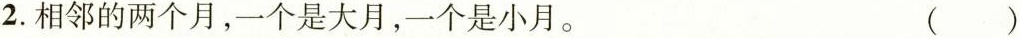
2.相邻的两个月，一个是大月，一个是小月。 ( )